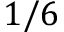
1 / 6